Bombay plague: being a history of the progress of plague in the Bombay presidency from September 1896 to June 1899
Year: 1896
Disease focus: Plague
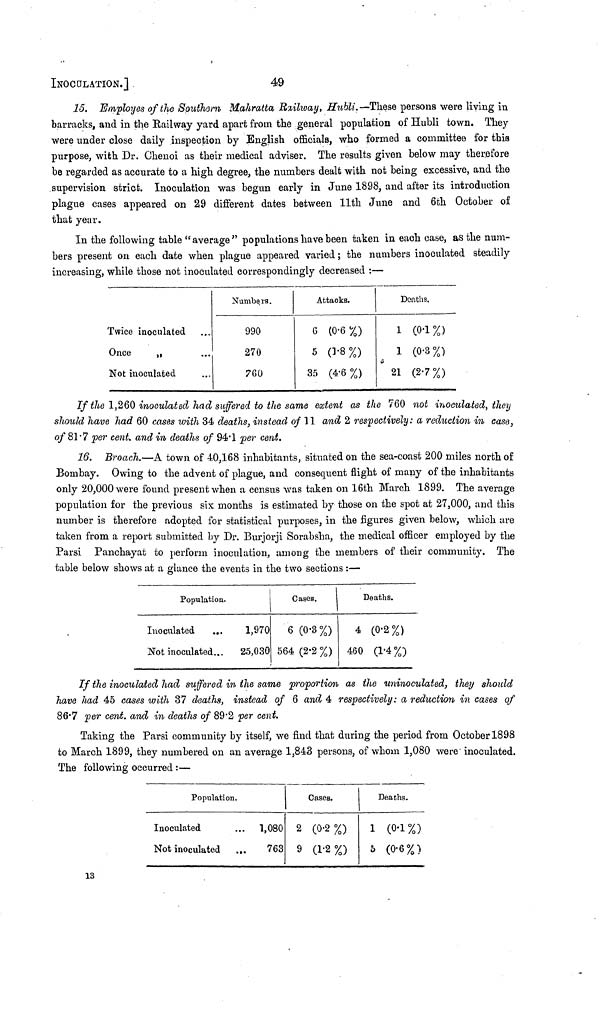
INOCULATION.]
49
15. Employes of the Southern Mahratta, Rxilway, Hubli.—These persons were living in
barracks, and in the Railway yard apart from the general population of Hubli town. They
were under close daily inspection by English officials, who formed a committee for this
purpose, with Dr. Chenoi as their medical adviser. The results given below may therefore
be regarded as accurate to a high degree, the numbers dealt with not being excessive, and the
supervision strict. Inoculation was begun early in June 1898, and after its introduction
plague cases appeared on 29 different dates between 11th June and 6th October of
that year.
In the following table " average " populations have been taken in each case, as the num-
bers present on each date when plague appeared varied ; the numbers inoculated steadily
increasing, while those not inoculated correspondingly decreased :—
Twice inoculated
Once
„
Not inoculated
Numbers.
990
270
760
Attacks.
6 (0.6%)
5 0.8%)
35 (4.6%)
Deaths.
1 (0.1%)
1 (0.3%)
21 (2.7%)
If the 1,260 inoculated had suffered to the same extent as the 760 not inoculated, they
should have had 60 cases with 34 deaths, instead of 11 and 2 respectively: a reduction in case,
of 81.7 per cent. and in deaths of 94· 1 per cent.
16. Broach.—A town of 40,168 inhabitants, situated on the sea-coast 200 miles north of
Bombay. Owing to the advent of plague, and consequent flight of many of the inhabitants
only 20,000 were found present when a census was taken on 16th March 1899. The average
population for the previous six months is estimated by those on the spot at 27,000, and this
number is therefore adopted for statistical purposes, in the figures given below, which are
taken from a report submitted by Dr. Burjorji Sorabsha, the medical officer employed by the
Parsi Panchayat to perform inoculation, among the members of their community. The
table below shows at a glance the events in the two sections :—
Population.
Inoculated
Not inoculated...
1,970
25,030
Cases.
6 (0.3%)
564 (2.2 %)
Deaths.
4 (0.2%)
460 (1.4%)
If the inoculated had suffered in the same proportion as the uninoculated, they should
have had 45 cases with 37 deaths, instead of 6 and 4 respectively: a reduction in cases of
86.7 per cent. and in deaths of 89.2 per cent.
Taking the Parsi community by itself, we find that during the period from October 1898
to March 1899, they numbered on an average 1,843 persons, of whom 1,080 were inoculated.
The following occurred :—
Population.
Inoculated
Not inoculated
...
1,080
763
Cases.
2 (0.2%)
9 (1.2%)
Deaths.
1 (0.1%)
5 (0.6%)
13